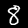
Digit: 8